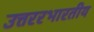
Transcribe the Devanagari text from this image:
उत्तररभारतीय